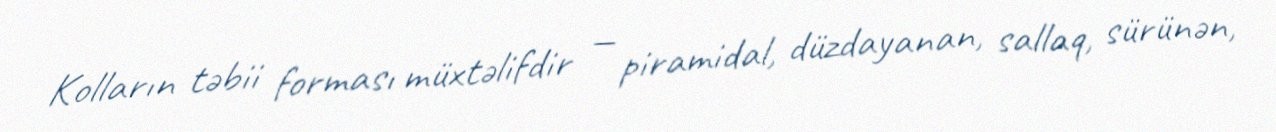
Kolların təbii forması müxtəlifdir — piramidal, düzdayanan, sallaq, sürünən,